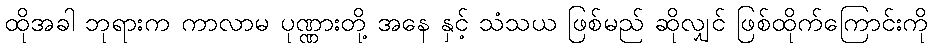
ထိုအခါ ဘုရားက ကာလာမ ပုဏ္ဏားတို့ အနေ နှင့် သံသယ ဖြစ်မည် ဆိုလျှင် ဖြစ်ထိုက်ကြောင်းကို